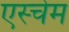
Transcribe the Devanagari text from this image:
एस्चेम